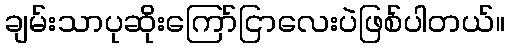
ချမ်းသာပုဆိုးကြော်ငြာလေးပဲဖြစ်ပါတယ်။